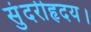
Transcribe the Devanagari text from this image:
सुंदरीहृदय।